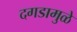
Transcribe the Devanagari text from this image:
दगडामुळे